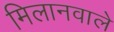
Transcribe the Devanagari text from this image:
मिलानवाले